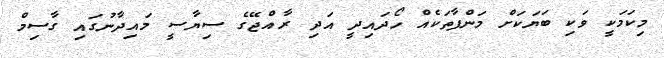
މިކަމަކީ ވަކި ބަޔަކަށް މަންފާތަކެއް ހޯދައިދީ އަދި ރާއްޖޭގެ ސިޔާސީ މައިދާނުގައި ގާސިމް